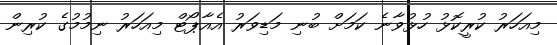
މިއަހަރު ކުރީކޮޅު ހުޅުވާނެ ކަމަށް ބުނި މަޑިވަރު އެއާޕޯޓް މިއަހަރު ނިމުމުގެ ކުރިން